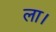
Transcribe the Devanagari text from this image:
ला।